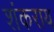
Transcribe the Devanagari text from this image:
शंकराय